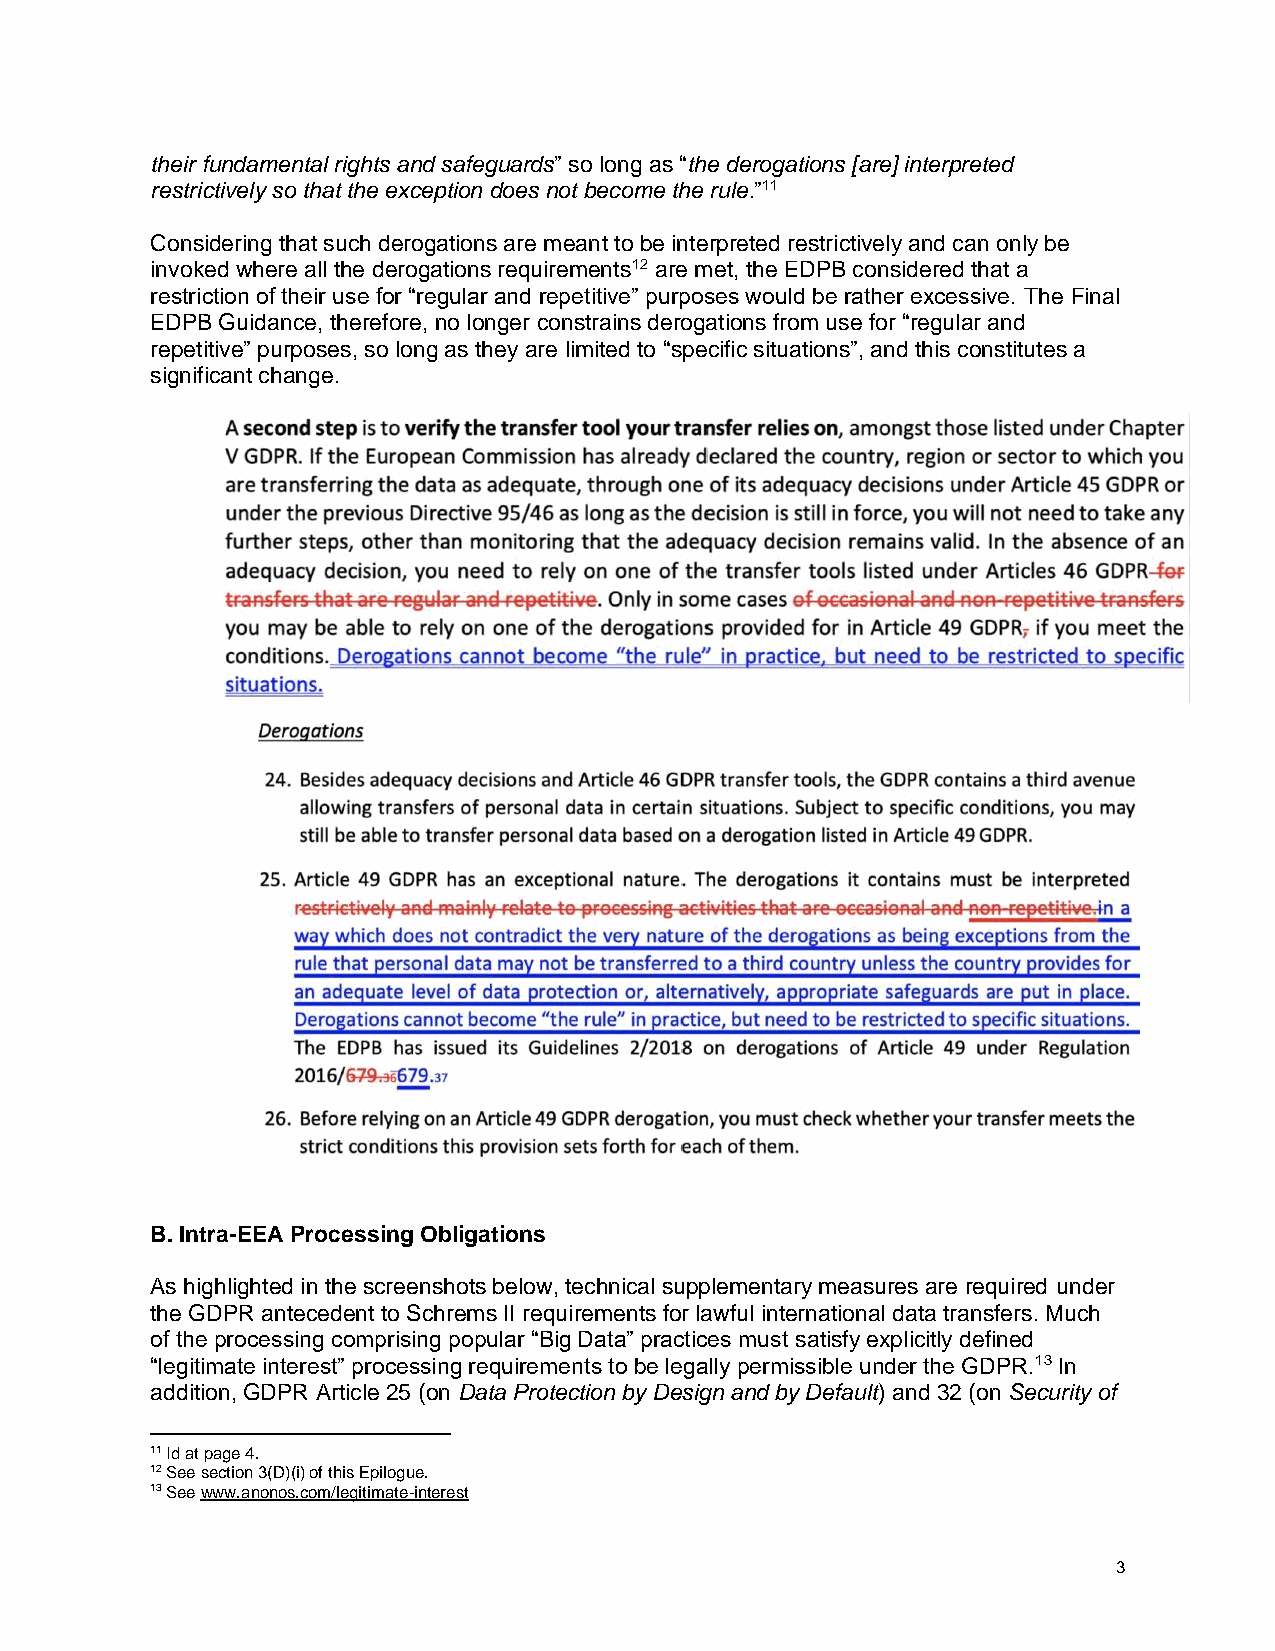
their fundamental rights and safeguards” so long as “the derogations [are] interpreted
 restrictively so that the exception does not become the rule.”11
 Considering that such derogations are meant to be interpreted restrictively and can only be
 invoked where all the derogations requirements12 are met, the EDPB considered that a
 restriction of their use for “regular and repetitive” purposes would be rather excessive. The Final
 EDPB Guidance, therefore, no longer constrains derogations from use for “regular and
 repetitive” purposes, so long as they are limited to “specific situations”, and this constitutes a
 significant change.
 B. Intra-EEA Processing Obligations
 As highlighted in the screenshots below, technical supplementary measures are required under
 the GDPR antecedent to Schrems II requirements for lawful international data transfers. Much
 of the processing comprising popular “Big Data” practices must satisfy explicitly defined
 “legitimate interest” processing requirements to be legally permissible under the GDPR.13 In
 addition, GDPR Article 25 (on Data Protection by Design and by Default) and 32 (on Security of
 11 Id at page 4.
 12 See section 3(D)(i) of this Epilogue.
 13 See www.anonos.com/legitimate-interest
 3